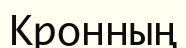
Кронның